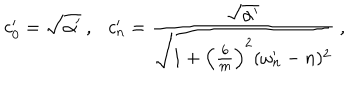
LaTeX: c _ { 0 } ^ { \prime } = \sqrt { \alpha ^ { \prime } } ~ , c _ { n } ^ { \prime } = \frac { \sqrt { \alpha ^ { \prime } } } { \sqrt { 1 + \left( \frac { 6 } { m } \right) ^ { 2 } ( \omega _ { n } ^ { \prime } - n ) ^ { 2 } } } ~ ,